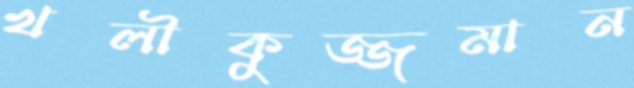
খলীকুজ্জমান